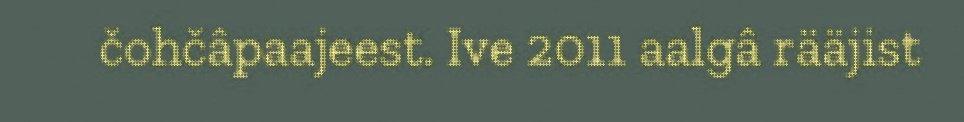
čohčâpaajeest. Ive 2011 aalgâ rääjist